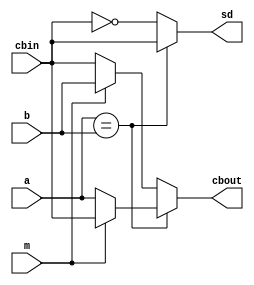
module fab_bh
(input a,b,cbin,m,
output reg sd,cbout);

always @(a,b,cbin,m)
begin
	if (a==b)
		begin
			sd = cbin;
			if (m)
				cbout = cbin;
			else
				cbout = a;
		end
	else
		begin
			sd = ~cbin;
			if (m)
				cbout = b;
			else
				cbout = cbin;
		end
end

endmodule